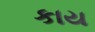
કાય